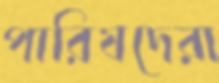
পারিষদেরা